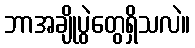
ဘာအချိုပွဲတွေရှိသလဲ။